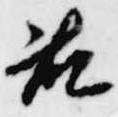
藤